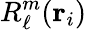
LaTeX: R_{\ell}^{m}(\mathbf{r}_{i})